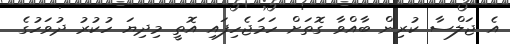
އެ ޖަލްސާ ކުރިން ބާއްވާ ގޮތަށް ހަމަޖެހިފައި އޮތީ މިދިޔަ ހުކުރު ދުވަހުގެ